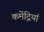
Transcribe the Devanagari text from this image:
कमेंद्रियां